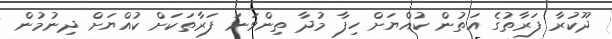
ދޫކުރާ ފަރާތުގެ އަތުން ކުއްޔަށް ހިފާ މުދާ ތިންވަނަ ފަރާތަކަށް ކުއްޔަށް ދިނުމުން